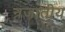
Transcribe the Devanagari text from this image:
न्रजातीय